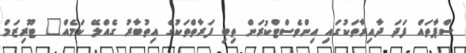
ސްޕާތައް ފަދަ ދާއިރާތަކުގައި އިންވެސްޓްކުރަން ތިބި ފަރާތްތަކުގެ އިތުބާރު ގެއްލޭ ކަމެއް" ޓޫރިޒަމް